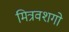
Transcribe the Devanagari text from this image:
मित्रवशगो